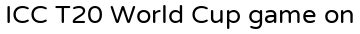
ICC T20 World Cup game on